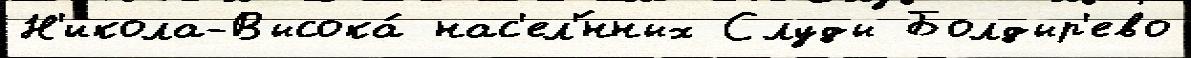
Н'икола-Высока́ нас'ел'́нных Слуды Болдыр'ево